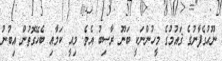
ނޫޙުގެފާނުގެ ޤައުމުގެ މީހުންނަކީ ބަނޫ ރާސިބު އެވެ. މިއީ ކަމާއި ބެހޭގޮތުން އިބުނު